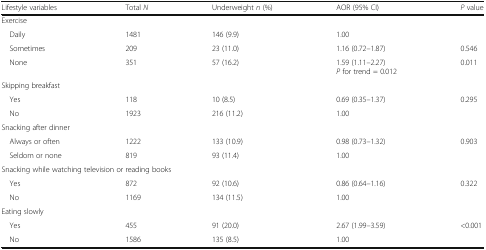
<table><thead><tr><td><b>Lifestyle variables</b></td><td><b>Total <i>N</i></b></td><td><b>Underweight <i>n</i> (%)</b></td><td><b>AOR (95% CI)</b></td><td><b><i>P</i> value</b></td></tr></thead><tbody><tr><td colspan="5">Exercise</td></tr><tr><td> Daily</td><td>1481</td><td>146 (9.9)</td><td>1.00</td><td></td></tr><tr><td> Sometimes</td><td>209</td><td>23 (11.0)</td><td>1.16 (0.72–1.87)</td><td>0.546</td></tr><tr><td> None</td><td>351</td><td>57 (16.2)</td><td>1.59 (1.11–2.27) <i>P</i> for trend = 0.012</td><td>0.011</td></tr><tr><td colspan="5">Skipping breakfast</td></tr><tr><td> Yes</td><td>118</td><td>10 (8.5)</td><td>0.69 (0.35–1.37)</td><td>0.295</td></tr><tr><td> No</td><td>1923</td><td>216 (11.2)</td><td>1.00</td><td></td></tr><tr><td colspan="5">Snacking after dinner</td></tr><tr><td> Always or often</td><td>1222</td><td>133 (10.9)</td><td>0.98 (0.73–1.32)</td><td>0.903</td></tr><tr><td> Seldom or none</td><td>819</td><td>93 (11.4)</td><td>1.00</td><td></td></tr><tr><td colspan="5">Snacking while watching television or reading books</td></tr><tr><td> Yes</td><td>872</td><td>92 (10.6)</td><td>0.86 (0.64–1.16)</td><td>0.322</td></tr><tr><td> No</td><td>1169</td><td>134 (11.5)</td><td>1.00</td><td></td></tr><tr><td colspan="5">Eating slowly</td></tr><tr><td> Yes</td><td>455</td><td>91 (20.0)</td><td>2.67 (1.99–3.59)</td><td>&lt;0.001</td></tr><tr><td> No</td><td>1586</td><td>135 (8.5)</td><td>1.00</td><td></td></tr></tbody></table>